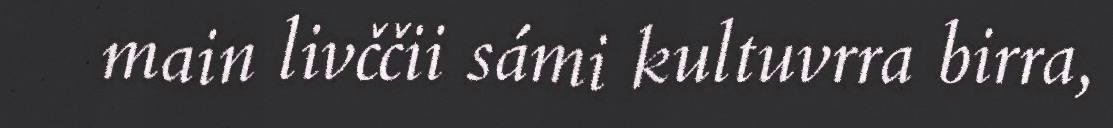
main livččii sámi kultuvrra birra,